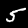
Digit: 5